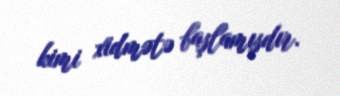
kimi xidmətə başlamışdır.